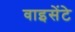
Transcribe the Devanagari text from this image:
वाइसेंटे